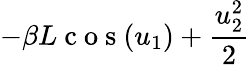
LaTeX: -\beta L\mathrm{~c~o~s~}(u_{1})+\frac{u_{2}^{2}}{2}